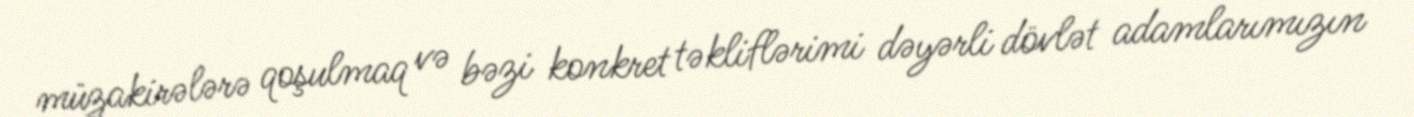
müzakirələrə qoşulmaq və bəzi konkret təkliflərimi dəyərli dövlət adamlarımızın